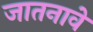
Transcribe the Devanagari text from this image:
जातनावे